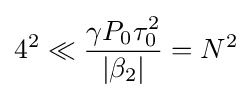
4^{2}\ll {\frac {\gamma P_{0}\tau _{0}^{2}}{|\beta _{2}|}}=N^{2}